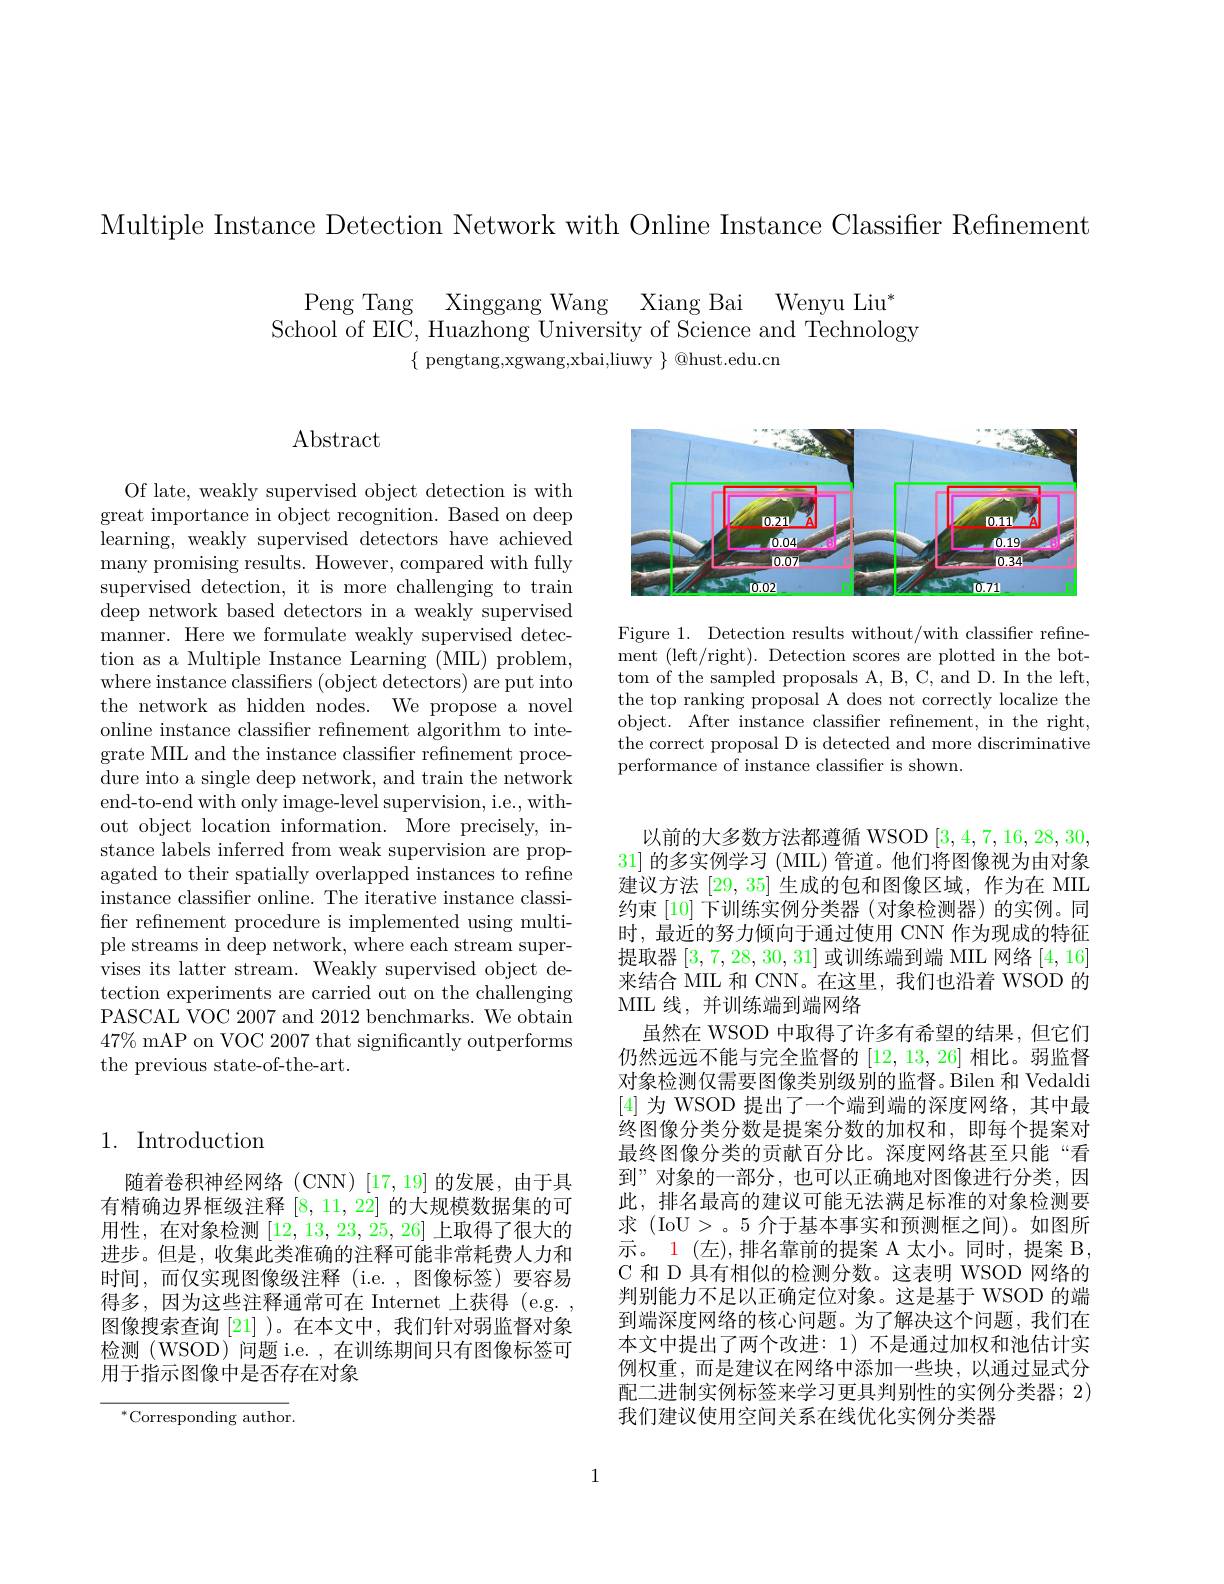
Multiple Instance Detection Network with Online Instance Classifier Refnement

Peng Tang Xinggang Wang Xiang Bai Wenyu Liu"
School of EIC, Huazhong University of Science and Technology
$\{$ pengtang,xgwang,xbai,liuwy $\}$ @hust.edu.cn

# $\operatorname{Abstract}$

Of late, weakly supervised object detection is with great importance in object recognition. Based on deep learning, weakly supervised detectors have achieved many promising results. However, compared with fully supervised detection, it is more challenging to train deep network based detectors in a weakly supervised manner. Here we formulate weakly supervised detection as a Multiple Instance Learning (MIL) problem, where instance classifiers (object detectors) are put into the network as hidden nodes. We propose a novel online instance classifier refinement algorithm to integrate MIL and the instance classifier refinement procedure into a single deep network, and train the network end-to-end with only image-level supervision, i.e., without object location information. More precisely, instance labels inferred from weak supervision are propagated to their spatially overlapped instances to refine instance classifier online. The iterative instance classifier refinement procedure is implemented using multiple streams in deep network, where each stream supervises its latter stream. Weakly supervised object detection experiments are carried out on the challenging PASCAL VOC 2007 and 2012 benchmarks. We obtain $47\%$ mAP on VOC 2007 that significantly outperforms the previous state-of-the-art.

## 1. Introduction

随着卷积神经网络(CNN)[17,19]的发展，由于具有精确边界框级注释[8,11,22]的大规模数据集的可用性，在对象检测[12,13,23,25,26]上取得了很大的进步。但是，收集此类准确的注释可能非常耗费人力和时间，而仅实现图像级注释(i.e.,图像标签)要容易得多，因为这些注释通常可在 Internet 上获得 (e.g. , 图像搜索查询 [21] )。在本文中，我们针对弱监督对象检测(WSOD)问题 i.e. ,在训练期间只有图像标签可用于指示图像中是否存在对象

$^{*}$Corresponding author.

<FigureHere>

Figure 1. Detection results without/with classifier refinement (left/right). Detection scores are plotted in the bottom of the sampled proposals A, B, C, and D. In the left, the top ranking proposal A does not correctly localize the object. After instance classifier refinement, in the right, the correct proposal D is detected and more discriminative performance of instance classifier is shown.

以前的大多数方法都遵循 WSOD [3,4,7,16,28,30, 31]的多实例学习 (MIL) 管道。他们将图像视为由对象建议方法[29,35]生成的包和图像区域，作为在 MIIL 约束[10]下训练实例分类器 (对象检测器)的实例。同时，最近的努力倾向于通过使用 CNN 作为现成的特征提取器[3,7,28,30,31]或训练端到端 MIIL 网络[4,16] 来结合 MIL 和 CNN。在这里，我们也沿着 WSOD 的MIL 线，并训练端到端网络
虽然在 WSOD 中取得了许多有希望的结果，但它们仍然远远不能与完全监督的[12,13,26]相比。弱监督对象检测仅需要图像类别级别的监督。Bilen 和 Vedaldi [4]为 WSOD 提出了一个端到端的深度网络，其中最终图像分类分数是提案分数的加权和，即每个提案对最终图像分类的贡献百分比。深度网络甚至只能“看到”对象的一部分，也可以正确地对图像进行分类，因此，排名最高的建议可能无法满足标准的对象检测要求 (IoU>。5 介于基本事实和预测框之间)。如图所示。1 (左),排名靠前的提案 A 太小。同时，提案 B, C 和 D 具有相似的检测分数。这表明 WSOD 网络的判别能力不足以正确定位对象。这是基于 WSOD 的端到端深度网络的核心问题。为了解决这个问题，我们在本文中提出了两个改进：1)不是通过加权和池估计实例权重，而是建议在网络中添加一些块，以通过显式分配二进制实例标签来学习更具判别性的实例分类器；2) 我们建议使用空间关系在线优化实例分类器

1